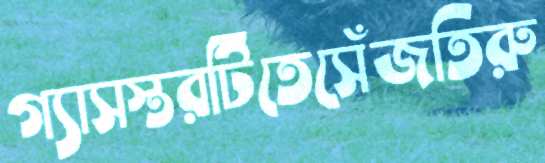
গ্যাসস্তরটিতেসেঁজতিরু